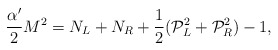
\begin{align*}\frac{\alpha'}{2} M^{2} = N_{L} + N_{R} + \frac{1}{2}({\cal P}_{L}^2 + {\cal P}_{R}^{2}) - 1 ,\end{align*}